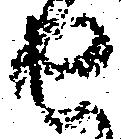
せ